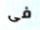
فى